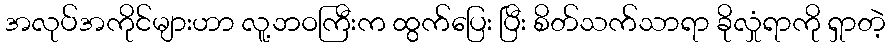
အလုပ်အကိုင်များဟာ လူ့ဘဝကြီးက ထွက်ပြေး ပြီး စိတ်သက်သာရာ ခိုလှုံရာကို ရှာတဲ့